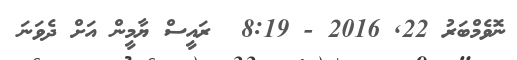
ނޮވެމްބަރު 22